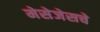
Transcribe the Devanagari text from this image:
मेसेजेसचे